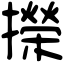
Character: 㩞